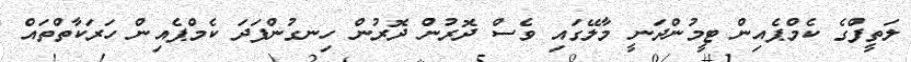
ލަތީފްގެ ކެމްޕެއިން ޓީމުންދަނީ މާލޭގައި ވެސް ދޮރުން ދޮރުން ހިނގުންފަދަ ކެމްޕެއިން ހަރަކާތްތައް